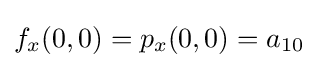
f_{x}(0,0)=p_{x}(0,0)=a_{10}